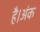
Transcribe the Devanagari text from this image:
है।अंक